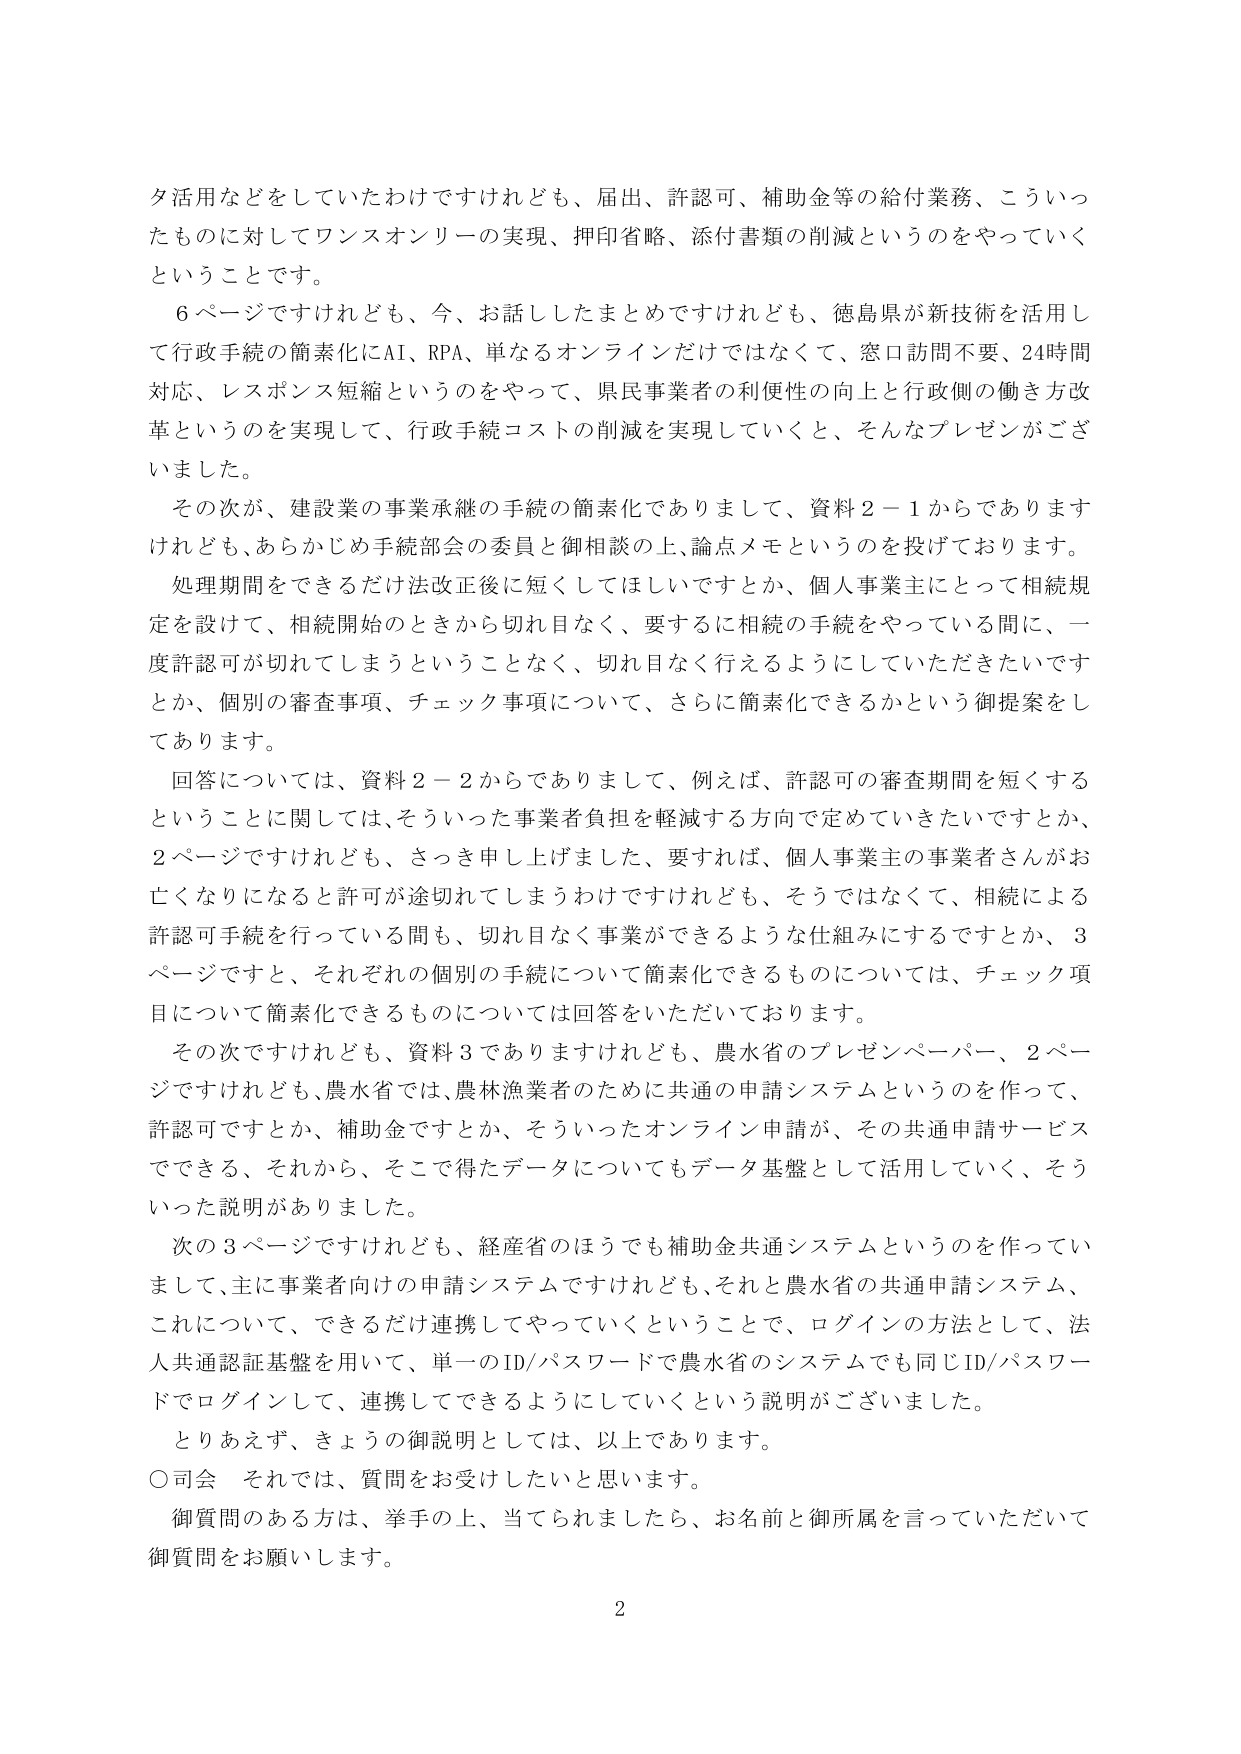
タ活用などをしていただけですけれども、届出、許認可、補助金等の給付業務、こういったものに対してワンスオンリーの実現、押印省略、添付書類の削減というのをやっていくということです。

６ページですけれども、今、お話しましたまとめですけれども、徳島県が新技術を活用して行政手続の簡素化にAI、RPA、単なるオンラインだけではなくて、窓口訪問不要、24時間対応、レスポンス短縮というのをやって、県民事業者の利便性の向上と行政側の働き方改革というのを実現して、行政手続コストの削減を実現していくと、そんなプレゼンがございました。

その次が、建設業の事業承継の手続の簡素化でありまして、資料２－１からでありますけれども、あらかじめ手続部会の委員と御相談の上、論点メモというのを投げております。

処理期間をできるだけ法改正後に短くしてほしいですとか、個人事業主にとって相続規定を設けて、相続開始のときから切れ目なく、要するに相続の手続をやっている間に、一度許認可が切れてしまうということなく、切れ目なく行えるようにしていただきたいですとか、個別の審査事項、チェック事項について、さらに簡素化できるかという御提案をしてあります。

回答については、資料２－２からでありますして、例えば、許認可の審査期間を短くすることに関しては、そういった事業者負担を軽減する方向で定めていきたいですとか、２ページですけれども、さっき申し上げました、要すれば、個人事業主の事業者さんがお亡くなりになると許可が途切れてしまうわけですがけれども、そうではなくて、相続による許認可手続を行っている間も、切れ目なく事業ができるような仕組みにするですとか、３ページですと、それぞれの個別の手続について簡素化できるものについては、チェック項目について簡素化できるものについては回答をいただいております。

その次ですけれども、資料３でありますけれども、農水省のプレゼンペーパー、２ページですけれども、農水省では、農林漁業者のために共通の申請システムというのを作って、許認可ですとか、補助金ですとか、そういったオンライン申請が、その共通申請サービスでできる、それから、そこで得たデータについてもデータ基盤として活用していく、そういった説明がありました。

次の３ページですけれども、経産省のほうでも補助金共通システムというのを作っていまして、主に事業者向けの申請システムですけれども、それと農水省の共通申請システム、これについて、できるだけ連携してやっていくということで、ログインの方法として、法人共通認証基盤を用いて、単一のID/パスワードで農水省のシステムでも同じID/パスワードでログインして、連携してできるようにしていくという説明がございました。

とりあえず、きょうの御説明としては、以上であります。

○司会　それでは、質問をお受けしたいと思います。

御質問のある方は、挙手の上、当てられましたら、お名前と御所属を言っていただいて御質問をお願いします。

2